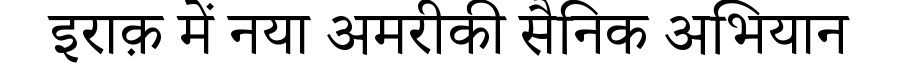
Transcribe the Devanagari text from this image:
इराक़ में नया अमरीकी सैनिक अभियान